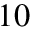
1 0